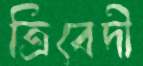
ত্রিবেদী